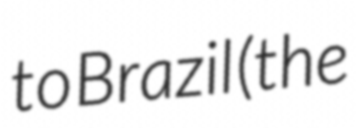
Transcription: to Brazil (the